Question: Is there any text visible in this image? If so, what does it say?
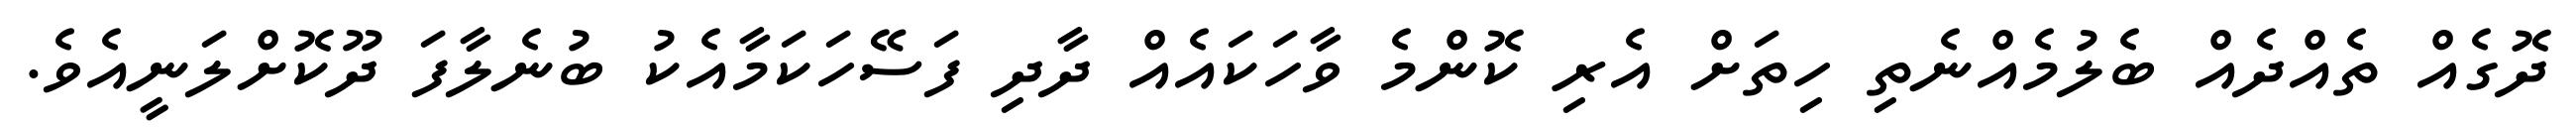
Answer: ދޮގެއް ތެއްދެއް ބެލުމެއްނެތި ހިތަށް އެރި ކޮންމެ ވާހަކައެއް ދާދި ފަސޭހަކަމާއެކު ބުނެލާފަ ދޫކޮށްލަނީއެވެ.